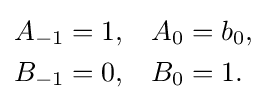
{\begin{aligned}A_{-1}&=1,&A_{0}&=b_{0},\\B_{-1}&=0,&B_{0}&=1.\end{aligned}}